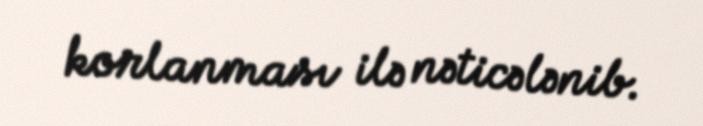
korlanması ilə nəticələnib.